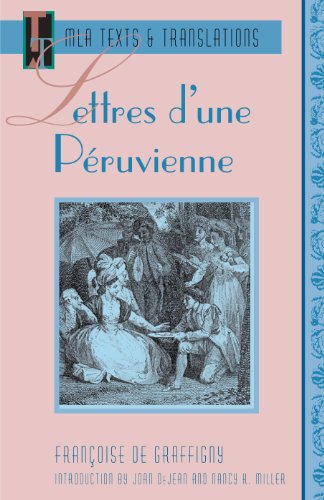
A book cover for Lettres D'une Peruvienne (MLA Texts & Translations)  (French Edition); Literature & Fiction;